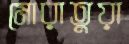
মোরাতুয়া